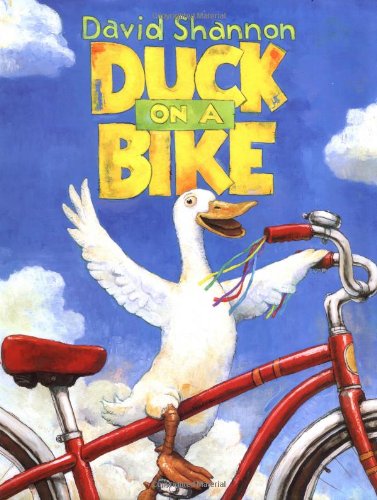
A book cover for Duck on a Bike; David Shannon; Children's Books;